Triennial report on the lunatic asylums in the province of Eastern Bengal and Assam - 1903-1911
Year: 1903
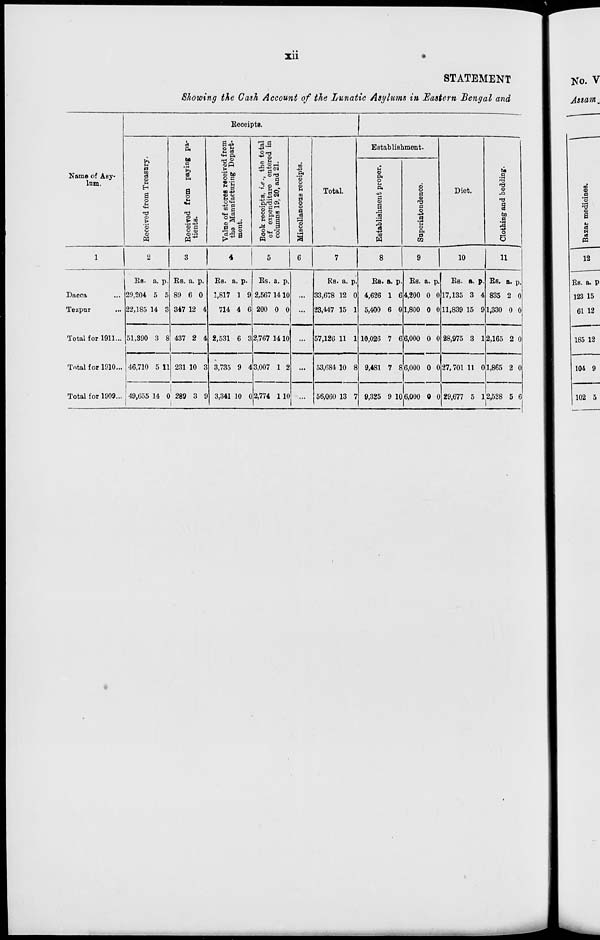
xii
STATEMENT
Showing the Cash Account of the Lunatic Asylums in Eastern Bengal and
Name of Asy-
lum.
1
Dacca ...
Tezpur ...
Total for 1911...
Total for 1910...
Total for 1909...
Receipts.
Received from Treasury.
2
Rs.
29,204
22,185
51,390
46,710
49,655
a.
5
14
3
5
14
p.
5
3
8
11
0
Received from paying pa-
tients.
3
Rs.
89
347
437
231
289
a.
6
12
2
10
3
p.
0
4
4
3
9
Value of stores received from
the Manufacturing Depart-
ment.
4
Rs.
1,817
714
2,531
3,735
3,341
a.
1
4
6
9
10
p.
9
6
3
4
0
Book receipts, i.e., the total
of expenditure entered in
columns 19, 20, and 21.
5
Rs.
2,567
200
2,767
3,007
2,774
a.
14
0
14
1
1
p.
10
0
10
2
10
Miscellaneous receipts.
6
...
...
...
...
...
Total.
7
Rs.
33,678
23,447
57,126
53,684
56,060
a.
12
15
11
10
13
p.
0
1
1
8
7
Establishment.
Establishment proper.
8
Rs.
4,626
5,400
10,026
9,481
9,325
a.
1
6
7
7
9
p.
6
0
6
8
10
Superintendence.
9
Rs.
4,200
1,800
6,000
6,000
6,000
a.
0
0
0
0
0
p.
0
0
0
0
0
Diet.
10
Rs.
17,135
11,839
28,975
27,701
29,677
a.
3
15
3
11
5
p.
4
9
1
0
1
Clothing and bedding.
11
Rs.
835
1,330
2,165
1,865
2,528
a.
2
0
2
2
5
p.
0
0
0
0
6